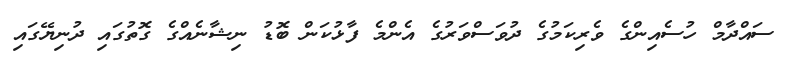
ސައްދާމް ހުސެއިންގެ ވެރިކަމުގެ ދުވަސްވަރުގެ އެންމެ ފާޅުކަން ބޮޑު ނިޝާނެއްގެ ގޮތުގައި ދުނިޔޭގައި